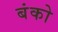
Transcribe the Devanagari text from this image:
बंको